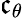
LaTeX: \mathfrak{c}_{\theta}